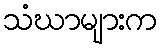
သံဃာများက